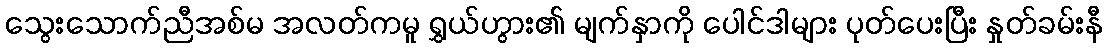
သွေးသောက်ညီအစ်မ အလတ်ကမူ ရွှယ်ဟွား၏ မျက်နှာကို ပေါင်ဒါများ ပုတ်ပေးပြီး နှုတ်ခမ်းနီ